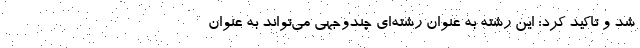
شد و تاکید کرد: این رشته به عنوان رشته‌ای چندوجهی می‌تواند به عنوان